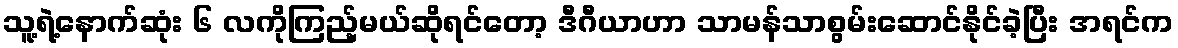
သူ့ရဲ့နောက်ဆုံး ၆ လကိုကြည့်မယ်ဆိုရင်တော့ ဒီဂီယာဟာ သာမန်သာစွမ်းဆောင်နိုင်ခဲ့ပြီး အရင်က